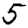
Digit: 5